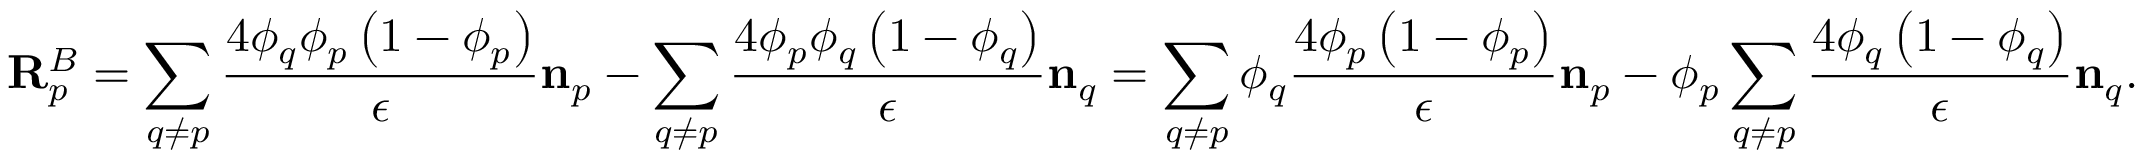
\mathbf { R } _ { p } ^ { B } = \sum _ { q \neq p } \frac { 4 \phi _ { q } \phi _ { p } \left( 1 - \phi _ { p } \right) } { \epsilon } \mathbf { n } _ { p } - \sum _ { q \neq p } \frac { 4 \phi _ { p } \phi _ { q } \left( 1 - \phi _ { q } \right) } { \epsilon } \mathbf { n } _ { q } = \sum _ { q \neq p } \phi _ { q } \frac { 4 \phi _ { p } \left( 1 - \phi _ { p } \right) } { \epsilon } \mathbf { n } _ { p } - \phi _ { p } \sum _ { q \neq p } \frac { 4 \phi _ { q } \left( 1 - \phi _ { q } \right) } { \epsilon } \mathbf { n } _ { q } .